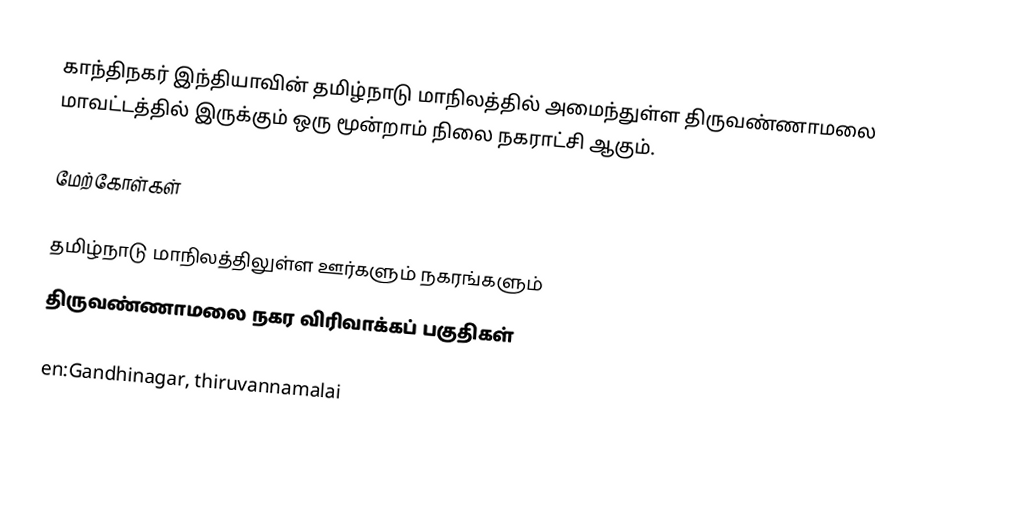
காந்திநகர் இந்தியாவின் தமிழ்நாடு மாநிலத்தில் அமைந்துள்ள திருவண்ணாமலை மாவட்டத்தில் இருக்கும் ஒரு மூன்றாம்  நிலை நகராட்சி ஆகும்.

மேற்கோள்கள்

தமிழ்நாடு மாநிலத்திலுள்ள ஊர்களும் நகரங்களும்
திருவண்ணாமலை நகர விரிவாக்கப் பகுதிகள்

en:Gandhinagar, thiruvannamalai
zh:加恩迪纳加尔